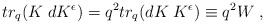
\begin{align*}tr_{q} (K\;dK^{\epsilon}) = q^{2} tr_{q} (dK\;K^{\epsilon})\equiv q^{2} W \;,\end{align*}